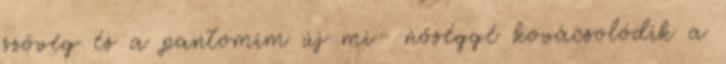
szöveg és a pantomim új mi- nőséggé kovácsolódik a